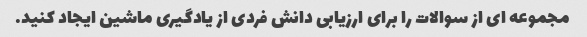
مجموعه ای از سوالات را برای ارزیابی دانش فردی از یادگیری ماشین ایجاد کنید.